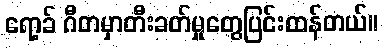
ရော့ခ် ဂီတမှာတီးခတ်မှုတွေပြင်းထန်တယ်။